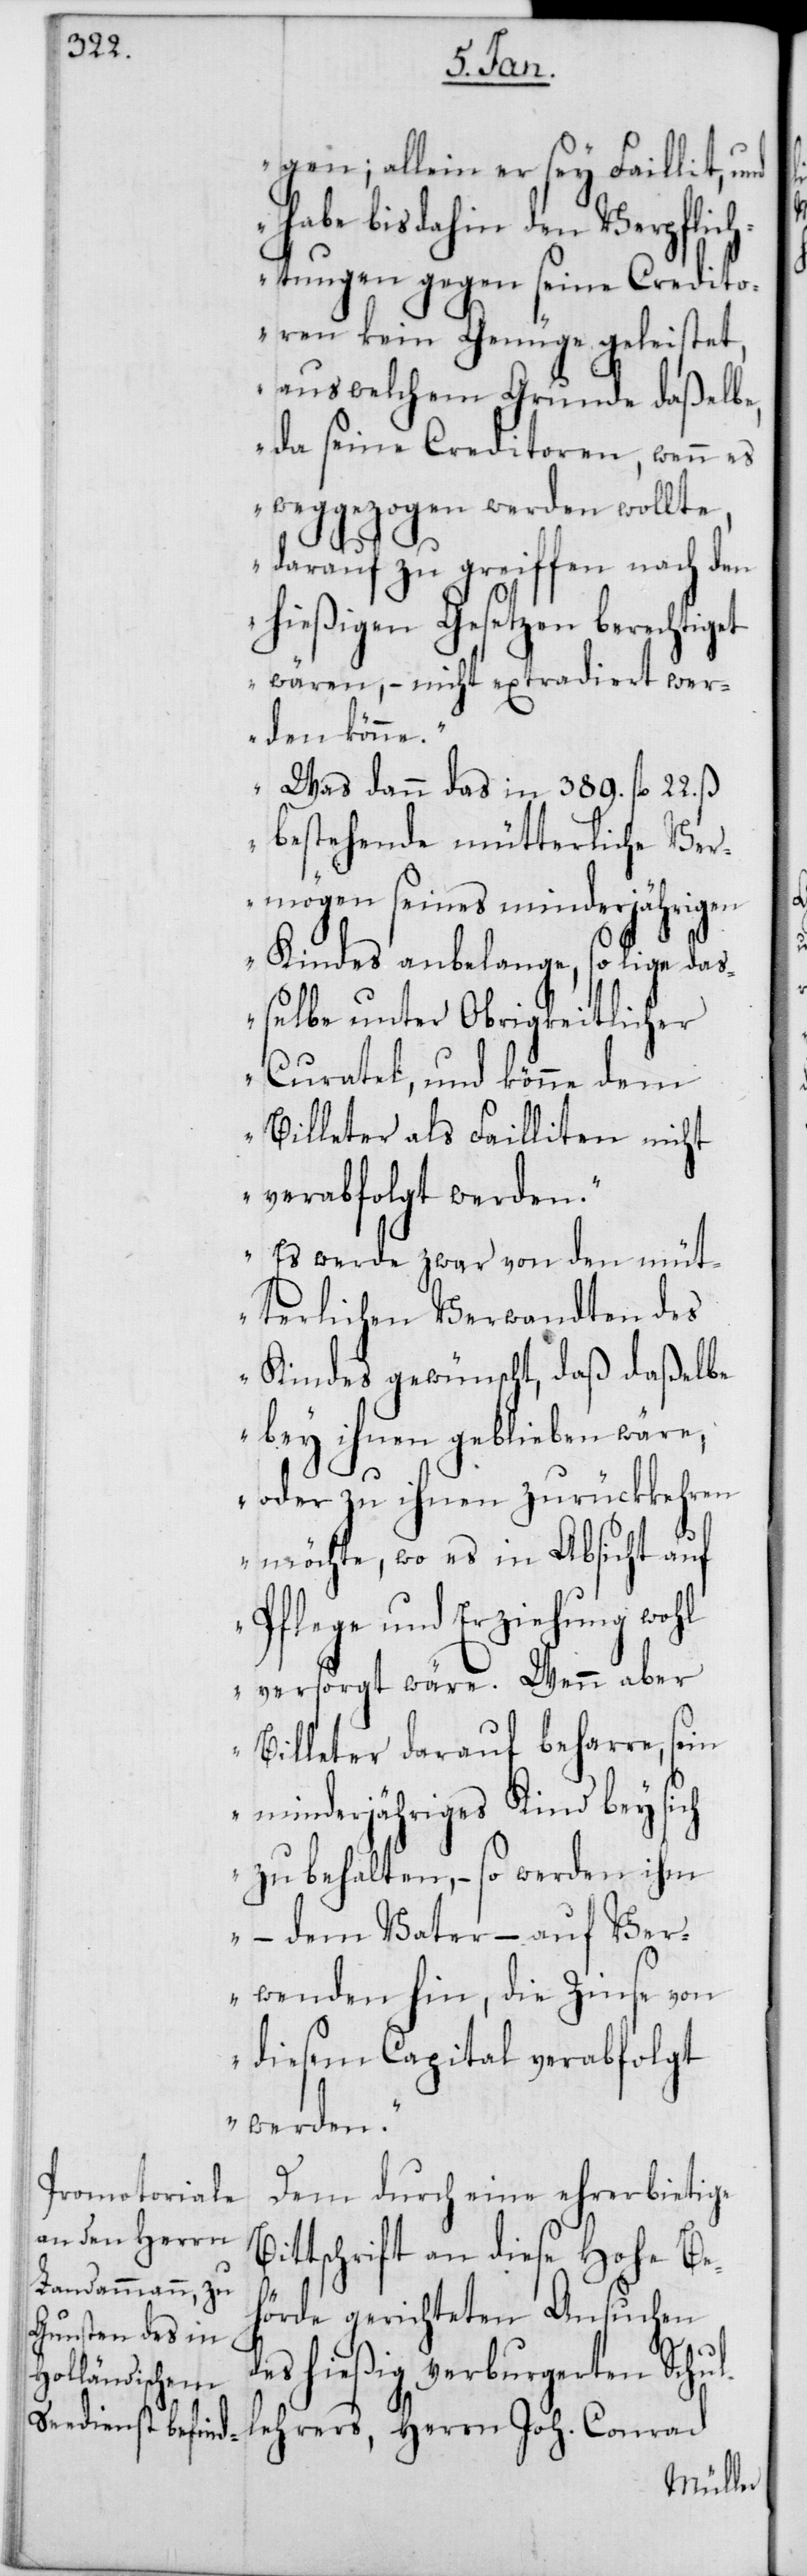
gen; allein er sey Faillit, und
habe bis dahin den Verpflic¬
htungen gegen seine Credito¬
ren kein Genüge geleistet,
aus welchem Grunde daßelbe,
da seine Creditoren, wenn es
weggezogen werden wollte,
darauf zu greiffen nach den
hießigen Gesetzen berechtiget
wären, – nicht extradiert wer¬
den könne.“
„Was dann das in 389. fl. 22. ß
bestehende mütterliche Ver¬
mögen seines minderjährigen
Kindes anbelange, so lige daß¬
elbe unter Obrigkeitlicher
Curatel, und könne dem
Billeter als Failliten nicht
verabfolgt werden.“
„Es werde zwar von den müt¬
terlichen Verwandten des
Kindes gewünscht, daß daßelbe
bey ihnen geblieben wäre,
oder zu ihnen zurückkehren
möchte, wo es in Absicht auf
Pflege und Erziehung wohl
versorgt wäre. Wenn aber
Billeter darauf beharre, sein
minderjähriges Kind bey sich
zu behalten, – so werden ihm
– dem Vater – auf Ver¬
wenden hin, die Zinse von
diesem Capital verabfolgt
werden.“
Dem durch eine ehrerbietige
Bittschrift an diese Hohe Be¬
hörde gerichteten Ansuchen
des hießig verburgereten Schul¬
lehrers, Herrn Joh. Conrad